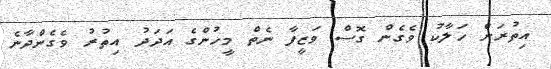
އިތުރަށް ހަލާކު ވެގެން ގޮސް ވަޒީފާ ނެތް މީހުންގެ އަދަދު އިތުރު ވެގެންދާނެ